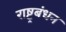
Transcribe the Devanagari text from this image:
राष्ट्रबंधन